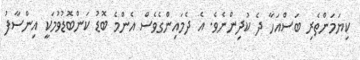
ކިޔަމަންތެރި ބަސްއަހާ ދެ ކުދިންނެވެ. އެ ދެމައިންގެވެސް އެންމެ ބޮޑު ކަންބޮޑުވުމަކީ އިންސާފު